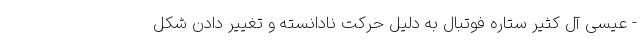
- عیسی آل کثیر ستاره فوتبال به دلیل حرکت نادانسته و تغییر دادن شکل